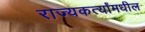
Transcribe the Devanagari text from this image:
राज्यकर्त्यांमधील